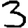
Digit: 3